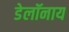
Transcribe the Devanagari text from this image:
डेलॉनाय